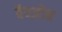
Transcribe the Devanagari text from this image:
बैन्ज़ीन